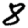
Digit: 8